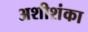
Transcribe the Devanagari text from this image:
अशीशंका